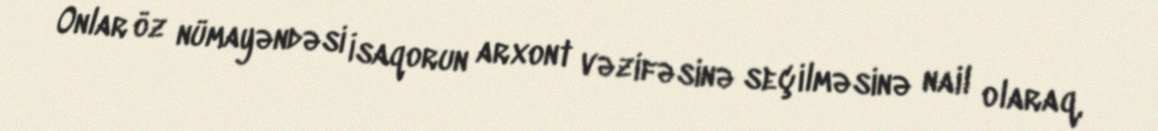
Onlar öz nümayəndəsi İsaqorun arxont vəzifəsinə seçilməsinə nail olaraq,